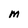
Character: M